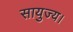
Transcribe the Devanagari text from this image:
सायुज्य।